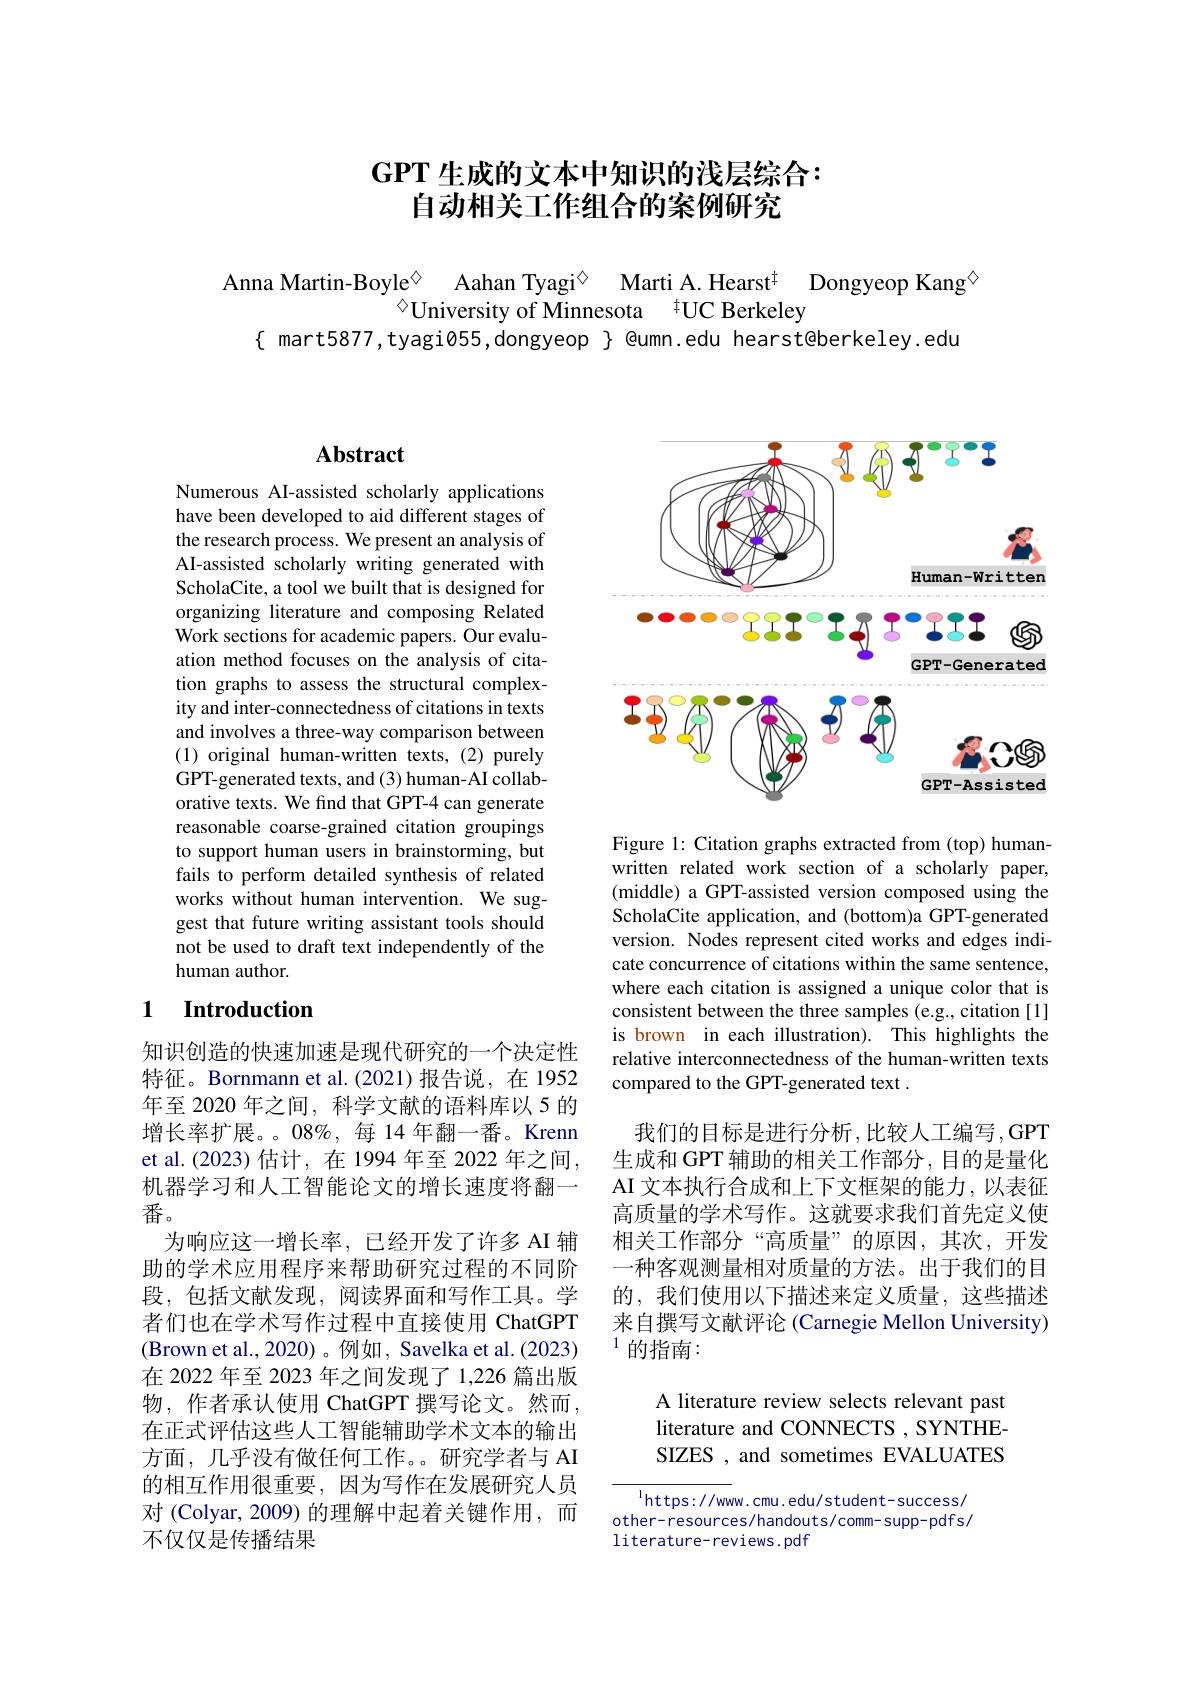
# GPT 生成的文本中知识的浅层综合： 自动相关工作组合的案例研究

Anna Martin-Boyle$^{\textcircled{\mathrm{v}}}$ Aahan Tyagi$^{\textcircled{\mathrm{v}}}$ Marti A.Hearst$^{\ddagger}$ Dongyeop Kang$^{\textcircled{\mathrm{v}}}$
$^{\textcircled{\mathrm{o}}}$University of Minnesota $^{\sharp}$UC Berkeley
$\{$ mart5877,tyagi$\emptyset55$,dongyeop $\}$ @umn.edu hearst@berkeley.edu

## Abstract

Numerous AI-assisted scholarly applications have been developed to aid different stages of the research process. We present an analysis of AI-assisted scholarly writing generated with ScholaCite, a tool we built that is designed for organizing literature and composing Related Work sections for academic papers. Our evaluation method focuses on the analysis of citation graphs to assess the structural complexity and inter-connectedness of citations in texts and involves a three-way comparison between (1) original human-written texts,(2)purely GPT-generated texts, and (3) human-AI collaborative texts. We find that GPT-4 can generate reasonable coarse-grained citation groupings to support human users in brainstorming, but fails to perform detailed synthesis of related works without human intervention. We suggest that future writing assistant tools should not be used to draft text independently of the human author.

## 1 Introduction

知识创造的快速加速是现代研究的一个决定性特征。Bornmann et al.(2021)报告说，在 1952年至 2020 年之间，科学文献的语料库以 5 的增长率扩展。08%,每 14 年翻一番。Krenn et al.(2023) 估计，在 1994 年至 2022 年之间， 机器学习和人工智能论文的增长速度将翻一番。
为响应这一增长率，已经开发了许多 AI 辅助的学术应用程序来帮助研究过程的不同阶段，包括文献发现，阅读界面和写作工具。学者们也在学术写作过程中直接使用 ChatGPT (Brown et al., 2020)。例如，Savelka et al. (2023) 在 2022 年至 2023 年之间发现了 1,226 篇出版物，作者承认使用 ChatGPT 撰写论文。然而， 在正式评估这些人工智能辅助学术文本的输出方面，几乎没有做任何工作。研究学者与 AI 的相互作用很重要，因为写作在发展研究人员对(Colyar,2009)的理解中起着关键作用，而不仅仅是传播结果

<FigureHere>

Figure 1: Citation graphs extracted from (top) humanwritten related work section of a scholarly paper, (middle) a GPT-assisted version composed using the ScholaCite application, and (bottom)a GPT-generated version. Nodes represent cited works and edges indicate concurrence of citations within the same sentence, where each citation is assigned a unique color that is consistent between the three samples (e.g., citation [1] is brown in each illustration). This highlights the relative interconnectedness of the human-written texts compared to the GPT-generated text .

我们的目标是进行分析，比较人工编写，GPT 生成和 GPT 辅助的相关工作部分 ,目的是量化AI 文本执行合成和上下文框架的能力，以表征高质量的学术写作。这就要求我们首先定义使相关工作部分“高质量”的原因，其次，开发一种客观测量相对质量的方法。出于我们的目的，我们使用以下描述来定义质量，这些描述来自撰写文献评论 (Carnegie Mellon University) $^{1}$的指南：

A literature review selects relevant past literature and CONNECTS , SYNTHESIZES , and sometimes EVALUATES

$^{1}$https://www.cmu.edu/student-success/ other- resources/ handouts/ comm- supp- pdfs/ literature-reviews.pdf